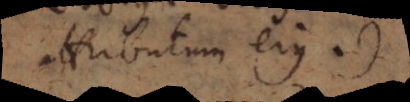
attributum ejus.)